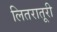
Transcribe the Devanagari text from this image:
लितरातूरी